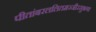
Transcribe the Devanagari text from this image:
पीतांबरललितमज्जीरसुभगा